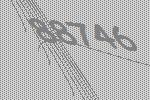
88746